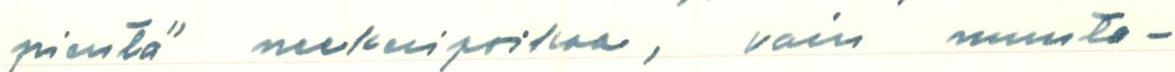
pientä neekeripoikaa, vain muuta-